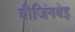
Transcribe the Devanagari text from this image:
बीजिंगबेइ